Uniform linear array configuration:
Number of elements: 32
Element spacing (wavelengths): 0.5
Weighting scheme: exponential
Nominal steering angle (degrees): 30
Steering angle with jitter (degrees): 29.689
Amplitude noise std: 0.05
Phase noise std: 0.05

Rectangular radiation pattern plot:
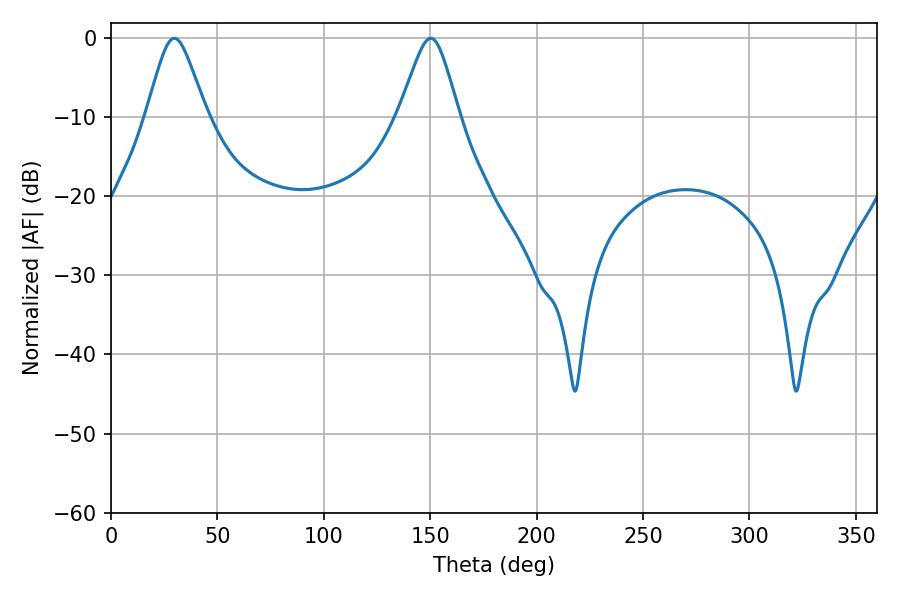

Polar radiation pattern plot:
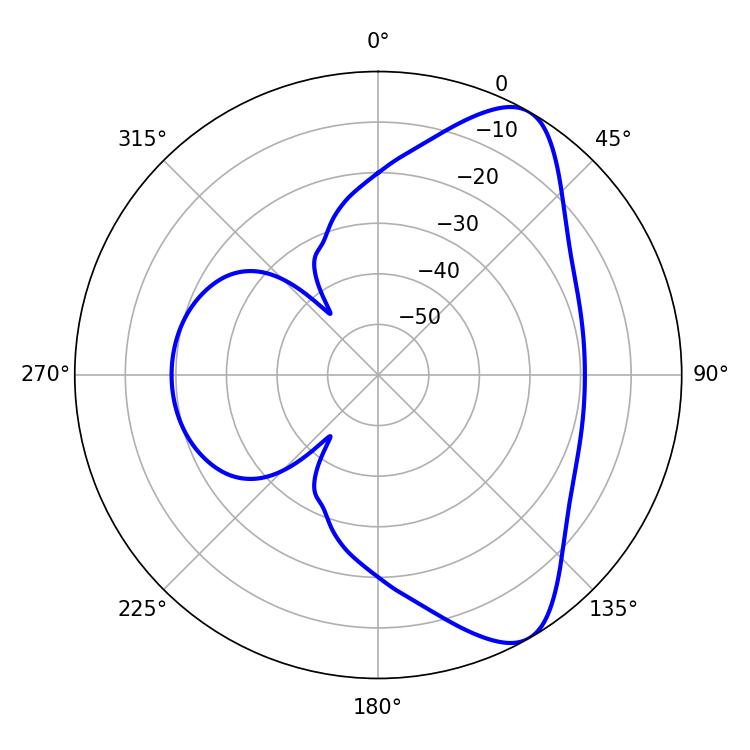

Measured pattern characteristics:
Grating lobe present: FALSE
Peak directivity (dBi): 8.283
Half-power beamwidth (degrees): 13.5
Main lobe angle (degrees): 29.7